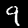
Digit: 9